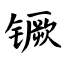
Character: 镢